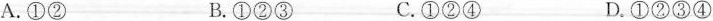
A.①② B.①②③ C.①②④ D.①②③④